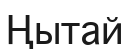
Ңытай